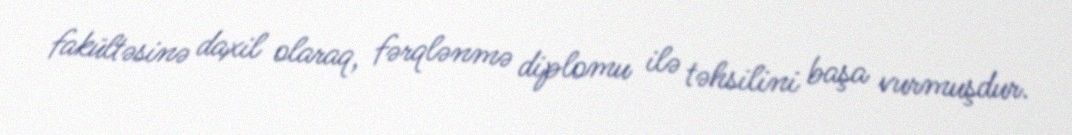
fakültəsinə daxil olaraq, fərqlənmə diplomu ilə təhsilini başa vurmuşdur.